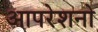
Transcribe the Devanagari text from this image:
आपरेशनो